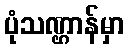
ပုံသဏ္ဌာန်မှာ